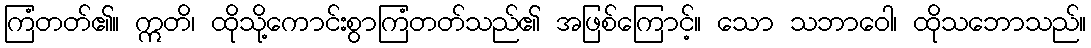
ကြံတတ်၏။ ဣတိ၊ ထိုသို့ကောင်းစွာကြံတတ်သည်၏ အဖြစ်ကြောင့်။ သော သဘာဝေါ၊ ထိုသဘောသည်။